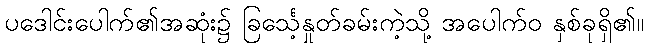
ပဒေါင်းပေါက်၏အဆုံး၌ ခြင်္သေ့နှုတ်ခမ်းကဲ့သို့ အပေါက်ဝ နှစ်ခုရှိ၏။